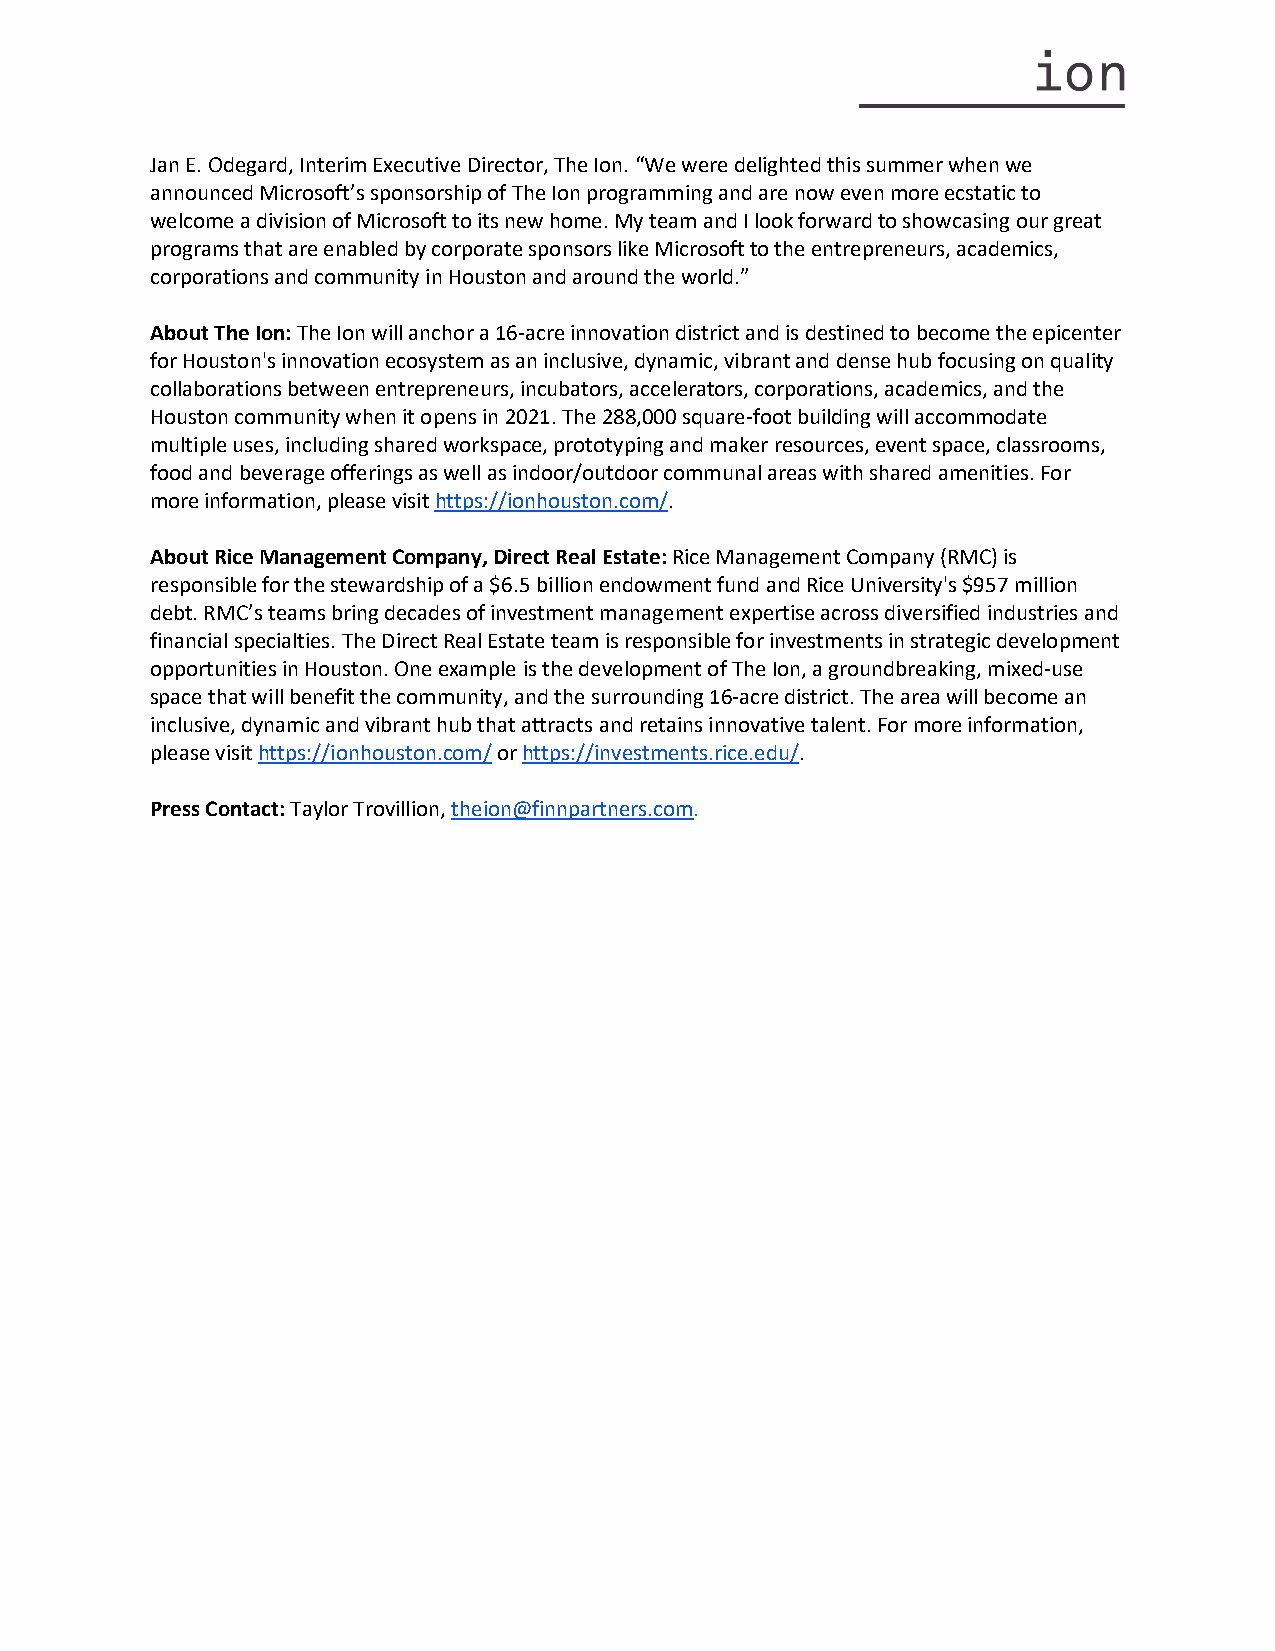
Jan E. Odegard, Interim Executive Director, The Ion. “We were delighted this summer when we
 announced Microsoft’s sponsorship of The Ion programming and are now even more ecstatic to
 welcome a division of Microsoft to its new home. My team and I look forward to showcasing our great
 programs that are enabled by corporate sponsors like Microsoft to the entrepreneurs, academics,
 corporations and community in Houston and around the world.”
 About The Ion: The Ion will anchor a 16-acre innovation district and is destined to become the epicenter
 for Houston's innovation ecosystem as an inclusive, dynamic, vibrant and dense hub focusing on quality
 collaborations between entrepreneurs, incubators, accelerators, corporations, academics, and the
 Houston community when it opens in 2021. The 288,000 square-foot building will accommodate
 multiple uses, including shared workspace, prototyping and maker resources, event space, classrooms,
 food and beverage offerings as well as indoor/outdoor communal areas with shared amenities. For
 more information, please visit https://ionhouston.com/.
 About Rice Management Company, Direct Real Estate: Rice Management Company (RMC) is
 responsible for the stewardship of a $6.5 billion endowment fund and Rice University's $957 million
 debt. RMC’s teams bring decades of investment management expertise across diversified industries and
 financial specialties. The Direct Real Estate team is responsible for investments in strategic development
 opportunities in Houston. One example is the development of The Ion, a groundbreaking, mixed-use
 space that will benefit the community, and the surrounding 16-acre district. The area will become an
 inclusive, dynamic and vibrant hub that attracts and retains innovative talent. For more information,
 please visit https://ionhouston.com/ or https://investments.rice.edu/.
 Press Contact: Taylor Trovillion, theion@finnpartners.com.